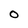
Character: 0